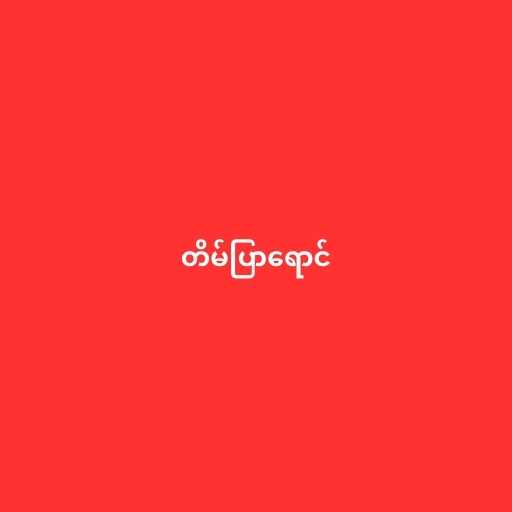
တိမ်ပြာရောင်